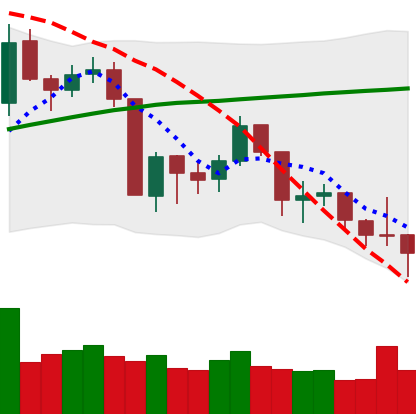
Ticker: BNB-USD
Chart end date: 2019-08-27
Forward return: -16.039%
Label: down_7plus